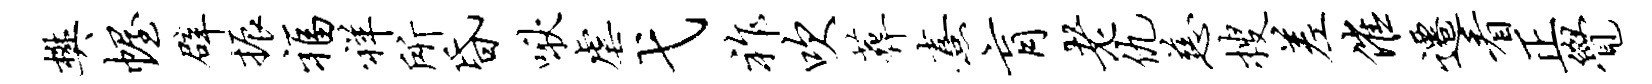
樊幄辟振福祥所昏啾虐弋祚吹葬熹肓老仇慈搜差催迁看正觉